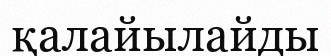
қалайылайды